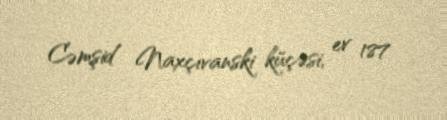
Cəmşid Naxçıvanski küçəsi, ev 187